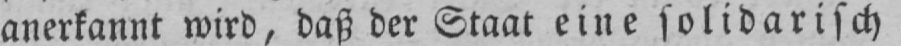
anerkannt wird, daß der Staat eine solidarisch